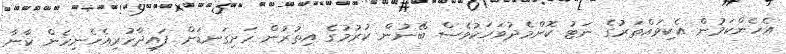
އެހެންކަމުން އެކިވައްތަރުގެ ނަޓު ކޮންމެދުވަހަކުވެސް ބޭނުން ކުރުމުގެ އިތުރުން ހަށިގަނޑަށް ފައިދާހުރިއެހެނިހެން ކާނާ